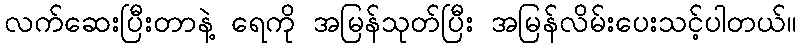
လက်ဆေးပြီးတာနဲ့ ရေကို အမြန်သုတ်ပြီး အမြန်လိမ်းပေးသင့်ပါတယ်။